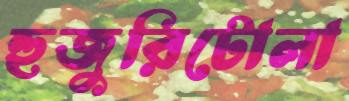
হুজুরিটোলা